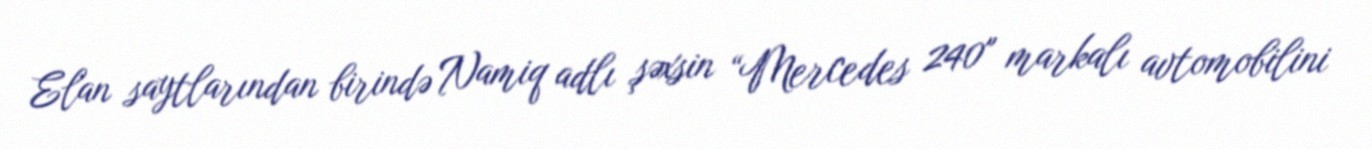
Elan saytlarından birində Namiq adlı şəxsin “Mercedes 240" markalı avtomobilini